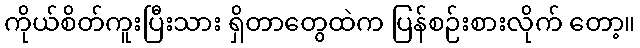
ကိုယ်စိတ်ကူးပြီးသား ရှိတာတွေထဲက ပြန်စဉ်းစားလိုက် တော့။